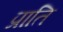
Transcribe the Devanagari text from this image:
प्राति